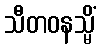
သီတဝနသ္မိံ